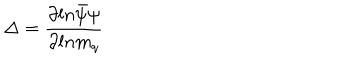
LaTeX: \Delta = { \frac { \partial l n \bar { \psi } \psi } { \partial l n m _ { q } } }